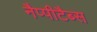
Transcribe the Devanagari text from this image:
नैप्पीटैब्स